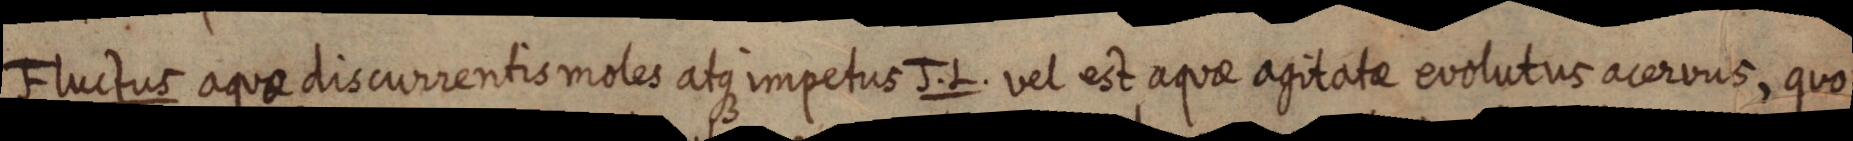
Fluctus aquae discurrentis moles atque impetus J. L. vel est aquae agitate evolutus acervus, quo